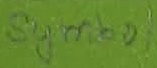
Text: Symbol